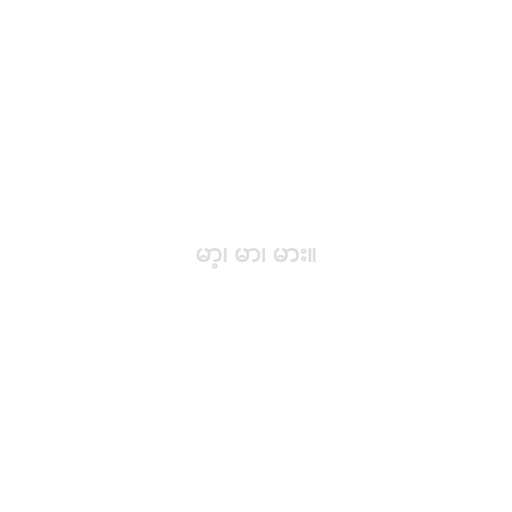
မာ့၊ မာ၊ မား။